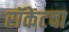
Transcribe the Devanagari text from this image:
रॉकेटचा